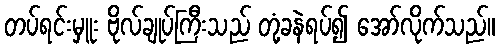
တပ်ရင်းမှူး ဗိုလ်ချုပ်ကြီးသည် တုံ့ခနဲရပ်၍ အော်လိုက်သည်။